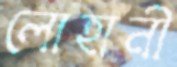
লোহানী